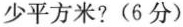
少平方米？(6分)